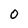
Character: 0